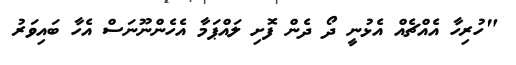
"ހުރިހާ އެއްޗެއް އެޅުނީ ދޯ ދެން ފޮށި ލައްޕަމާ އެހެންނޫނަސް އެހާ ބައިވަރު